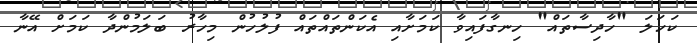
ކަހަލަ "ހާދިސާތައް" ހިނގާފައިވާ ކަމަށާއި އެކަންތައްތައް ފުލުހުން މިހާރު ބަލަމުންދާ ކަމަށް އޭނާ